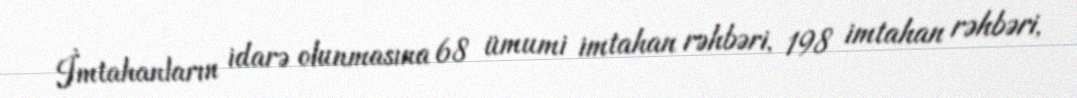
İmtahanların idarə olunmasına 68 ümumi imtahan rəhbəri, 198 imtahan rəhbəri,